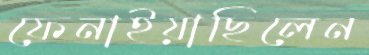
ফেনাইয়াছিলেন